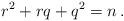
LaTeX: \begin{align*}r^2+rq+q^2=n\,.\end{align*}